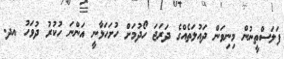
ފަލަސްތީނުން މިނިވަން ދައުލަތެއްގެ ދަރަޖަ ހޯދުމަށް ހުށަހަޅާނީ އަންނަ ހުކުރު ދުވަހު އދ.